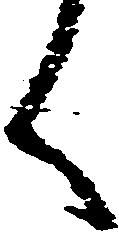
く